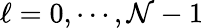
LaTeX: \ell=0,\cdots,\mathcal{N}-1